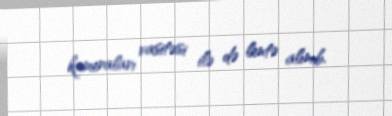
kameraları vasitəsi ilə də lentə alınıb.